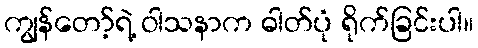
ကျွန်တော့်ရဲ့ ဝါသနာက ဓါတ်ပုံ ရိုက်ခြင်းပါ။